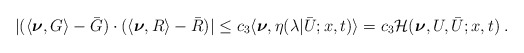
\begin{align*}\begin{aligned}| (\langle\boldsymbol{\nu},G\rangle-\bar G )\cdot (\langle\boldsymbol{\nu},R\rangle- \bar R)| &\le c_3 \langle \boldsymbol{\nu} , \eta (\lambda | \bar U;x,t ) \rangle = c_3 \mathcal{H} ( \boldsymbol{\nu},U,\bar{U};x,t)\;.\end{aligned}\end{align*}